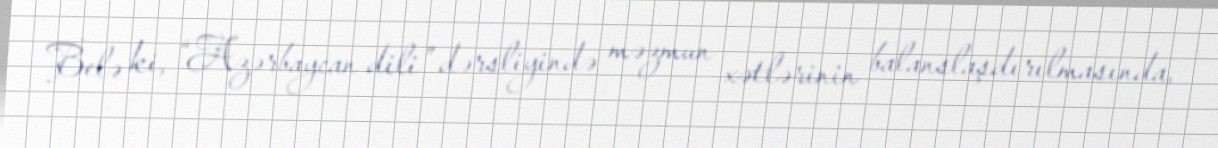
Belə ki, “Azərbaycan dili” dərsliyində məzmun xətlərinin balanslaşdırılmasında,